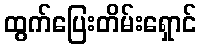
ထွက်ပြေးတိမ်းရှောင်